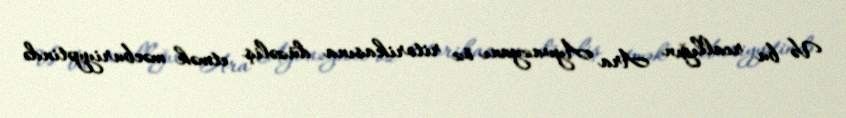
Və bu reallığın Ara Ayvazyanı öz ritorikasına düzəliş etmək məcburiyyətində